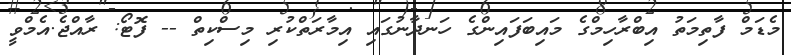
މެޑަމް ފާތިމަތު އިބްރާހިމްގެ މައިބަފައިންގެ ހަނދާނުގައި އިމާރަތްކުރި މިސްކިތް -- ފޮޓޯ: ރާއްޖެ.އެމްވީ